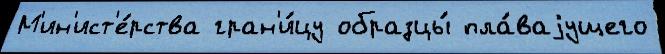
М'ин'ист'е́рства гран'и́цу образцы́ пла́ваjущего